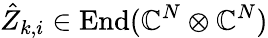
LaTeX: \hat{Z}_{k,i}\in\operatorname{End}(\mathbb{C}^{N}\otimes\mathbb{C}^{N})